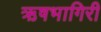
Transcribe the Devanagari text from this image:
ऋषभागिरी